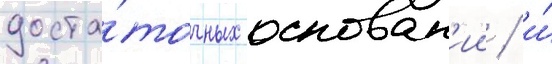
доста́точных основан'ии / и́